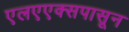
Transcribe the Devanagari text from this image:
एलएएक्सपासून